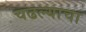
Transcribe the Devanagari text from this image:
चढल्याचा